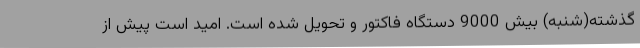
گذشته(شنبه) بیش 9000 دستگاه فاکتور و تحویل شده است. امید است پیش از